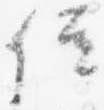
位